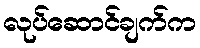
လုပ်ဆောင်ချက်က